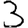
Digit: 3